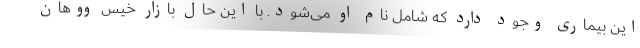
این بیماری وجود دارد که شامل نام او می‌شود. با این حال بازار خیس ووهان